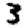
Digit: 3